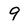
Character: 9